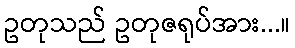
ဥတုသည် ဥတုဇရုပ်အား...။